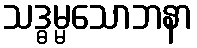
သဒ္ဓမ္မသောဘနာ